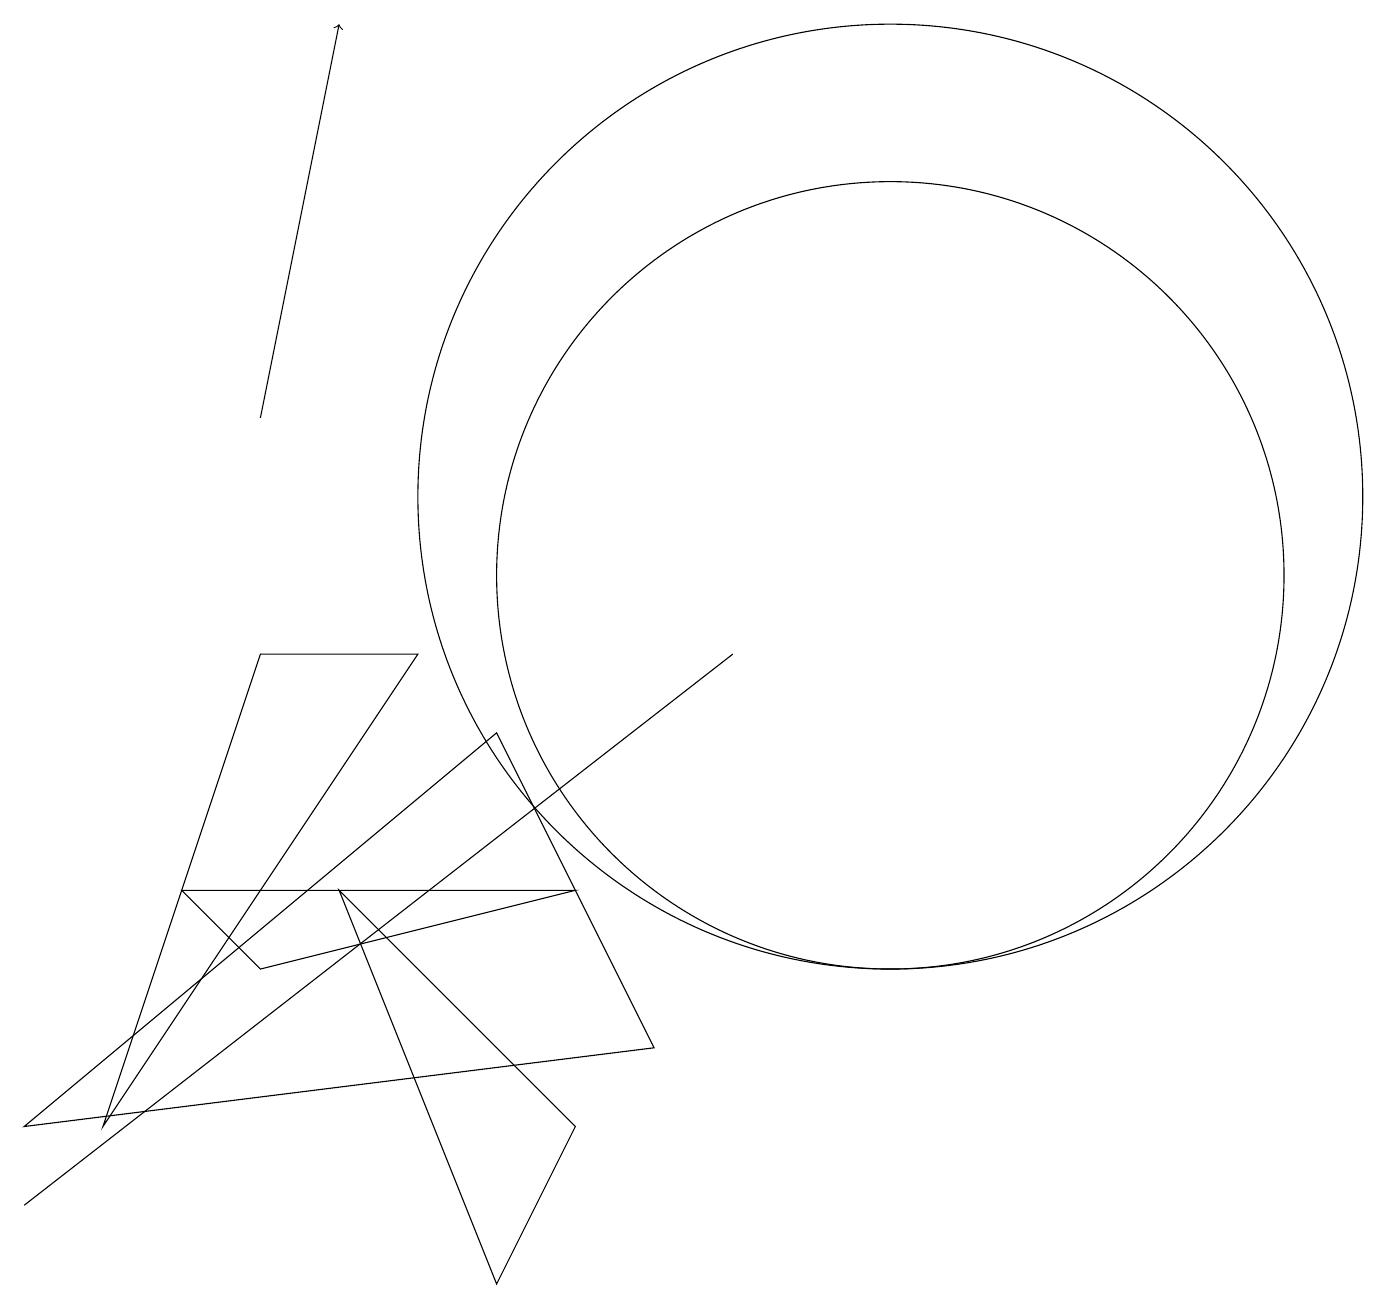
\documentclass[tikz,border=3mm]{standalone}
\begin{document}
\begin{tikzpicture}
\draw (11,10) circle (5);
\draw (9,9) -- (0,2) -- (0,2) -- cycle;
\draw[->] (3,12) -- (4,17);
\draw (0,3) -- (6,8) -- (8,4) -- cycle;
\draw (2,6) -- (3,5) -- (7,6) -- cycle;
\draw (11,11) circle (6);
\draw (5,9) -- (1,3) -- (3,9) -- cycle;
\draw (4,6) -- (6,1) -- (7,3) -- cycle;
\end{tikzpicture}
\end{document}